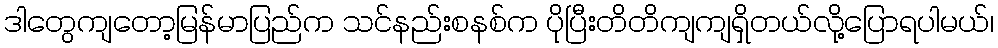
ဒါတွေကျတော့မြန်မာပြည်က သင်နည်းစနစ်က ပိုပြီးတိတိကျကျရှိတယ်လို့ပြောရပါမယ်၊